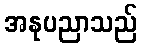
အနုပညာသည်